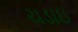
ચડાઇ